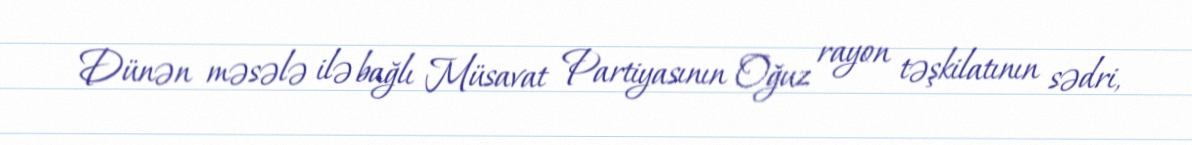
Dünən məsələ ilə bağlı Müsavat Partiyasının Oğuz rayon təşkilatının sədri,